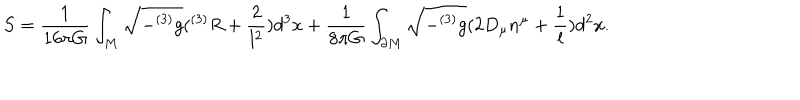
LaTeX: S = \frac { 1 } { 1 6 \pi G } \int _ { M } \sqrt { - ^ { ( 3 ) } g } ( ^ { ( 3 ) } R + \frac { 2 } { l ^ { 2 } } ) d ^ { 3 } x + \frac { 1 } { 8 \pi G } \int _ { \partial M } \sqrt { - ^ { ( 3 ) } g } ( 2 D _ { \mu } n ^ { \mu } + \frac { 1 } { l } ) d ^ { 2 } x .